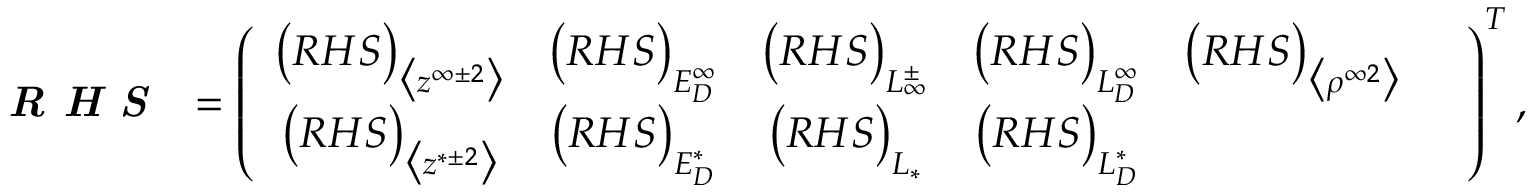
\textbf { \emph { R H S } } = \left( \begin{array} { c c c c c c c c c } { \big ( R H S \big ) _ { \big < z ^ { \infty \pm 2 } \big > } } & { \big ( R H S \big ) _ { E _ { D } ^ { \infty } } } & { \big ( R H S \big ) _ { L _ { \infty } ^ { \pm } } } & { \big ( R H S \big ) _ { L _ { D } ^ { \infty } } } & { \big ( R H S \big ) _ { \big < \rho ^ { \infty 2 } \big > } } & \\ { \big ( R H S \big ) _ { \big < z ^ { * \pm 2 } \big > } } & { \big ( R H S \big ) _ { E _ { D } ^ { * } } } & { \big ( R H S \big ) _ { L _ { * } } } & { \big ( R H S \big ) _ { L _ { D } ^ { * } } } \end{array} \right) ^ { T } ,